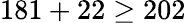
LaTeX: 181+22\geq 202